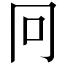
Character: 冋